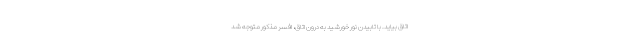
اتاق بیاید. با تابیدن نور خورشید به درون اتاق، افسر مذکور متوجه شد